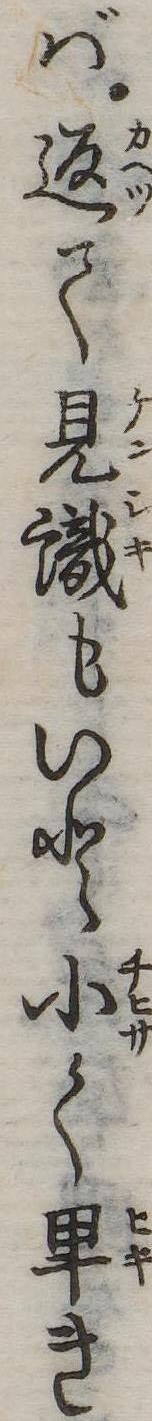
ば返て見識もいと小く卑き